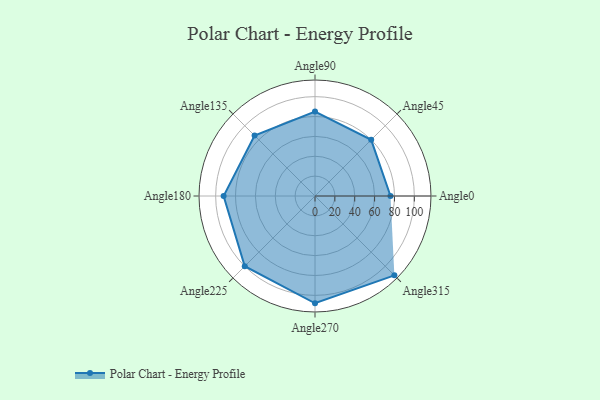
{"axis": {"x": "Angle", "y": "Radius"}, "legend": [""], "data": [{"x": "Angle0", "y": 76.0, "type": ""}, {"x": "Angle45", "y": 80.0, "type": ""}, {"x": "Angle90", "y": 85.0, "type": ""}, {"x": "Angle135", "y": 86.0, "type": ""}, {"x": "Angle180", "y": 92.0, "type": ""}, {"x": "Angle225", "y": 100.0, "type": ""}, {"x": "Angle270", "y": 108.0, "type": ""}, {"x": "Angle315", "y": 113.0, "type": ""}]}